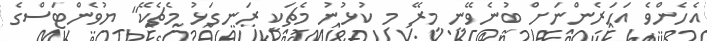
އެހެންވެ އަހަރެންނަށް ބުނެވޭނީ މިރޭ މި ކުޅުނު މެޗަކީ ރަނގަޅު މެޗެކޭ" ޔުވެންޓަސްގެ